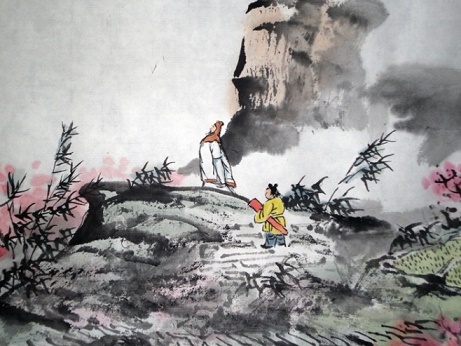
春来遍是桃花水，不辨仙源何处寻。